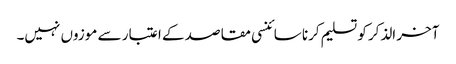
آخر الذکر کو تسلیم کرنا سائنسی مقاصد کے اعتبار سے موزوں نہیں۔